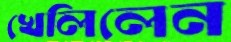
খেলিলেন